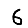
Digit: 6